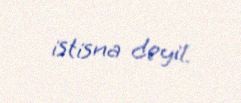
istisna deyil.